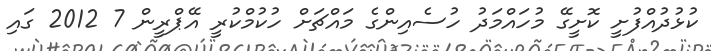
ކުޅުދުއްފުށީ ކޮށީގޭ މުހައްމަދު ހުސެއިންގެ މައްޗަށް ހުކުމްކުރީ އޭޕްރީން 7 2012 ގައި